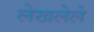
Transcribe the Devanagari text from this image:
लेखलेले